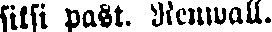
siksi past. Renwall.